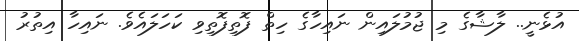
އުޅެނީ.. ލާޝާގެ މި ޖުމުލައިން ނައިހާގެ ހިތް ފޮތިފޮތިވި ކަހަލައެވެ. ނައިހާ އިތުރު